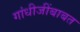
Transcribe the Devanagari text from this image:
गांधीजींबाबत